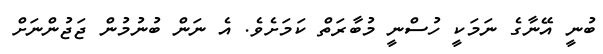
ބުނީ އޭނާގެ ނަމަކީ ހުސްނީ މުބާރަތް ކަމަށެވެ. އެ ނަން ބުނުމުން ޖަޖުންނަށް